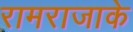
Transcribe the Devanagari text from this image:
रामराजाके